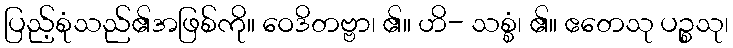
ပြည့်စုံသည်၏အဖြစ်ကို။ ဝေဒိတဗ္ဗာ၊ ၏။ ဟိ- သစ္စံ၊ ၏။ ဧတေသု ပဉ္စသု၊